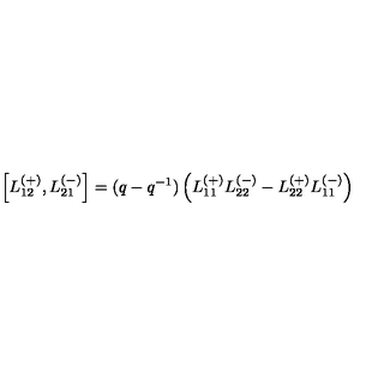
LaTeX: \left[ L _ { 1 2 } ^ { ( + ) } , L _ { 2 1 } ^ { ( - ) } \right] = ( q - q ^ { - 1 } ) \left( L _ { 1 1 } ^ { ( + ) } L _ { 2 2 } ^ { ( - ) } - L _ { 2 2 } ^ { ( + ) } L _ { 1 1 } ^ { ( - ) } \right)